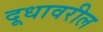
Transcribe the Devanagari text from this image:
दूधावरील